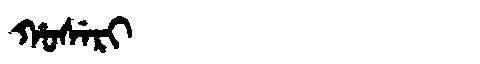
Manchu: ᡥᠣᠰᡝᡵᡳ
Romanization: HOSERI